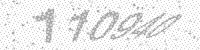
Solution: 110940